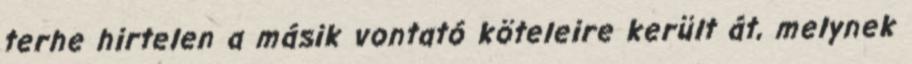
terhe hirtelen a másik vontató köteleire került át, melynek